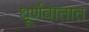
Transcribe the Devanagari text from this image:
घूर्णवातात